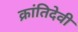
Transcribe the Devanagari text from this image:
क्रांतिदेवी